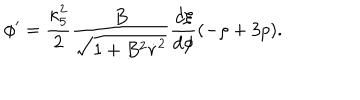
\phi ^ { \prime } = \frac { \kappa _ { 5 } ^ { 2 } } { 2 } \frac { B } { \sqrt { 1 + B ^ { 2 } \dot { r } ^ { 2 } } } \frac { d \xi } { d \phi } ( - \rho + 3 p ) .